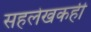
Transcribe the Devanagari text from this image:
सहलेखकही